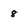
Character: 8